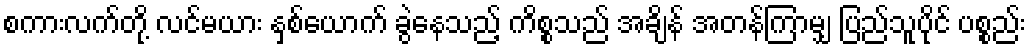
စကားလက်တို့ လင်မယား နှစ်ယောက် ခွဲနေသည့် ကိစ္စသည် အချိန် အတန်ကြာမျှ ပြည်သူပိုင် ပစ္စည်း